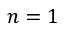
n = 1